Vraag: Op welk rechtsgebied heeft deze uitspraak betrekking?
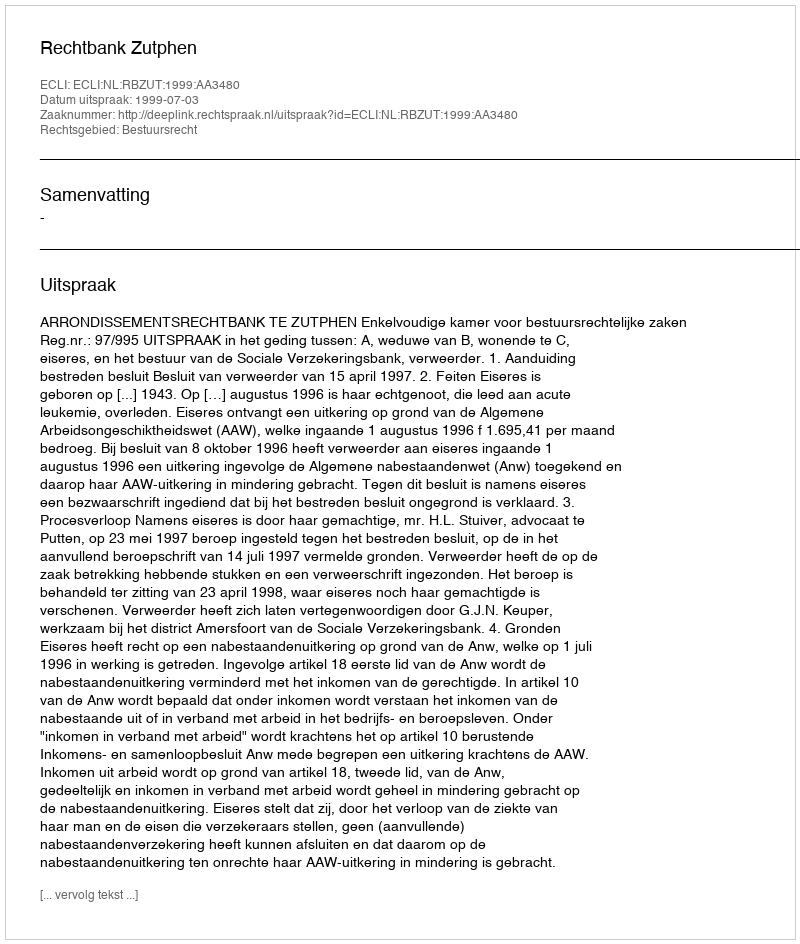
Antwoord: Bestuursrecht